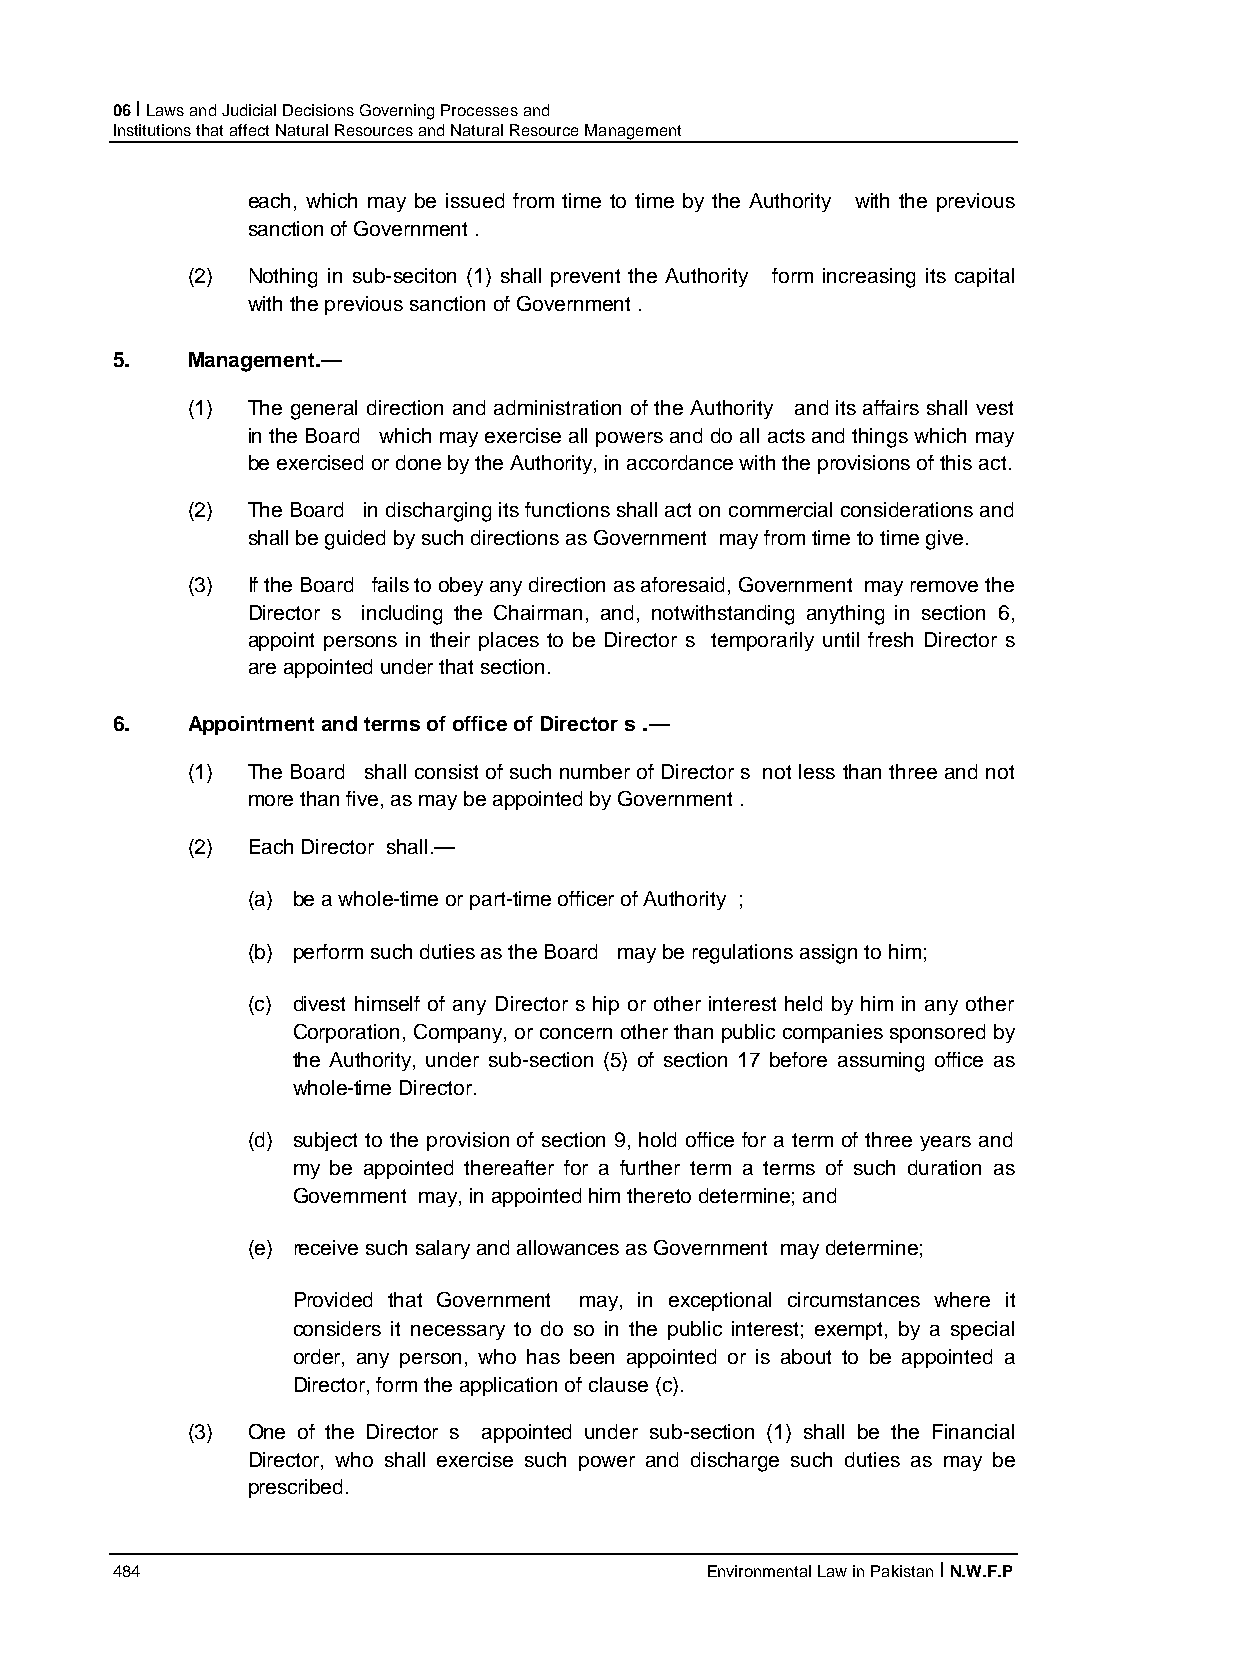
06 I Laws and Judicial Decisions Governing Processes and
 Institutions that affect Natural Resources and Natural Resource Management
 each, which may be issued from time to time by the Authority with the previous
 sanction of Government .
 (2) Nothing in sub-seciton (1) shall prevent the Authority form increasing its capital
 with the previous sanction of Government .
 5.   Management.—
 (1) The general direction and administration of the Authority and its affairs shall vest
 in the Board which may exercise all powers and do all acts and things which may
 be exercised or done by the Authority, in accordance with the provisions of this act.
 (2) The Board in discharging its functions shall act on commercial considerations and
 shall be guided by such directions as Government may from time to time give.
 (3) If the Board fails to obey any direction as aforesaid, Government may remove the
 Director s including the Chairman, and, notwithstanding anything in section 6,
 appoint persons in their places to be Director s temporarily until fresh Director s
 are appointed under that section.
 6.   Appointment and terms of office of Director s .—
 (1) The Board shall consist of such number of Director s not less than three and not
 more than five, as may be appointed by Government .
 (2) Each Director shall.—
 (a) be a whole-time or part-time officer of Authority ;
 (b) perform such duties as the Board may be regulations assign to him;
 (c) divest himself of any Director s hip or other interest held by him in any other
 Corporation, Company, or concern other than public companies sponsored by
 the Authority, under sub-section (5) of section 17 before assuming office as
 whole-time Director.
 (d) subject to the provision of section 9, hold office for a term of three years and
 my be appointed thereafter for a further term a terms of such duration as
 Government may, in appointed him thereto determine; and
 (e) receive such salary and allowances as Government may determine;
 Provided that Government may, in exceptional circumstances where it
 considers it necessary to do so in the public interest; exempt, by a special
 order, any person, who has been appointed or is about to be appointed a
 Director, form the application of clause (c).
 (3) One of the Director s appointed under sub-section (1) shall be the Financial
 Director, who shall exercise such power and discharge such duties as may be
 prescribed.
 484                                     Environmental Law in Pakistan I N.W.F.P